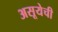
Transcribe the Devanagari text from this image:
असूयेची